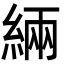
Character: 緉